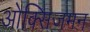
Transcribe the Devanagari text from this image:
ओक्सिजमन